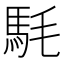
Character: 䭷